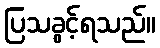
ပြသခွင့်ရသည်။